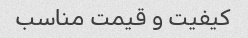
کیفیت و قیمت مناسب